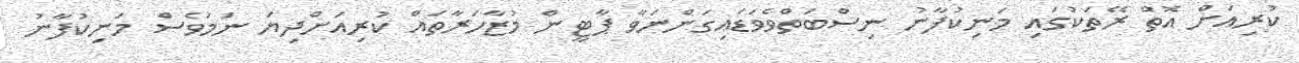
ކުރިއަށް އޮތް ރޭތަކުގައި މަނިކުފާނު ނިސްބަތްވެވަޑައިގަންނަވާ ޕާޓީން މުޒާހަރާތައް ކުރިއަށްދިޔަ ނަމަވެސް މަނިކުފާނު